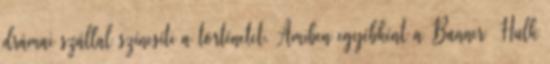
drámai szállal színesíti a történetet. Amiben egyébként a Banner Hulk